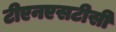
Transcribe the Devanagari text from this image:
टीएनएसटीसी